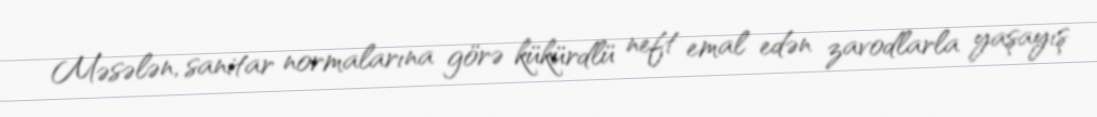
Məsələn, sanitar normalarına görə kükürdlü neft emal edən zavodlarla yaşayış